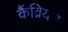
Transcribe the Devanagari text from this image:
कैंव्रियन